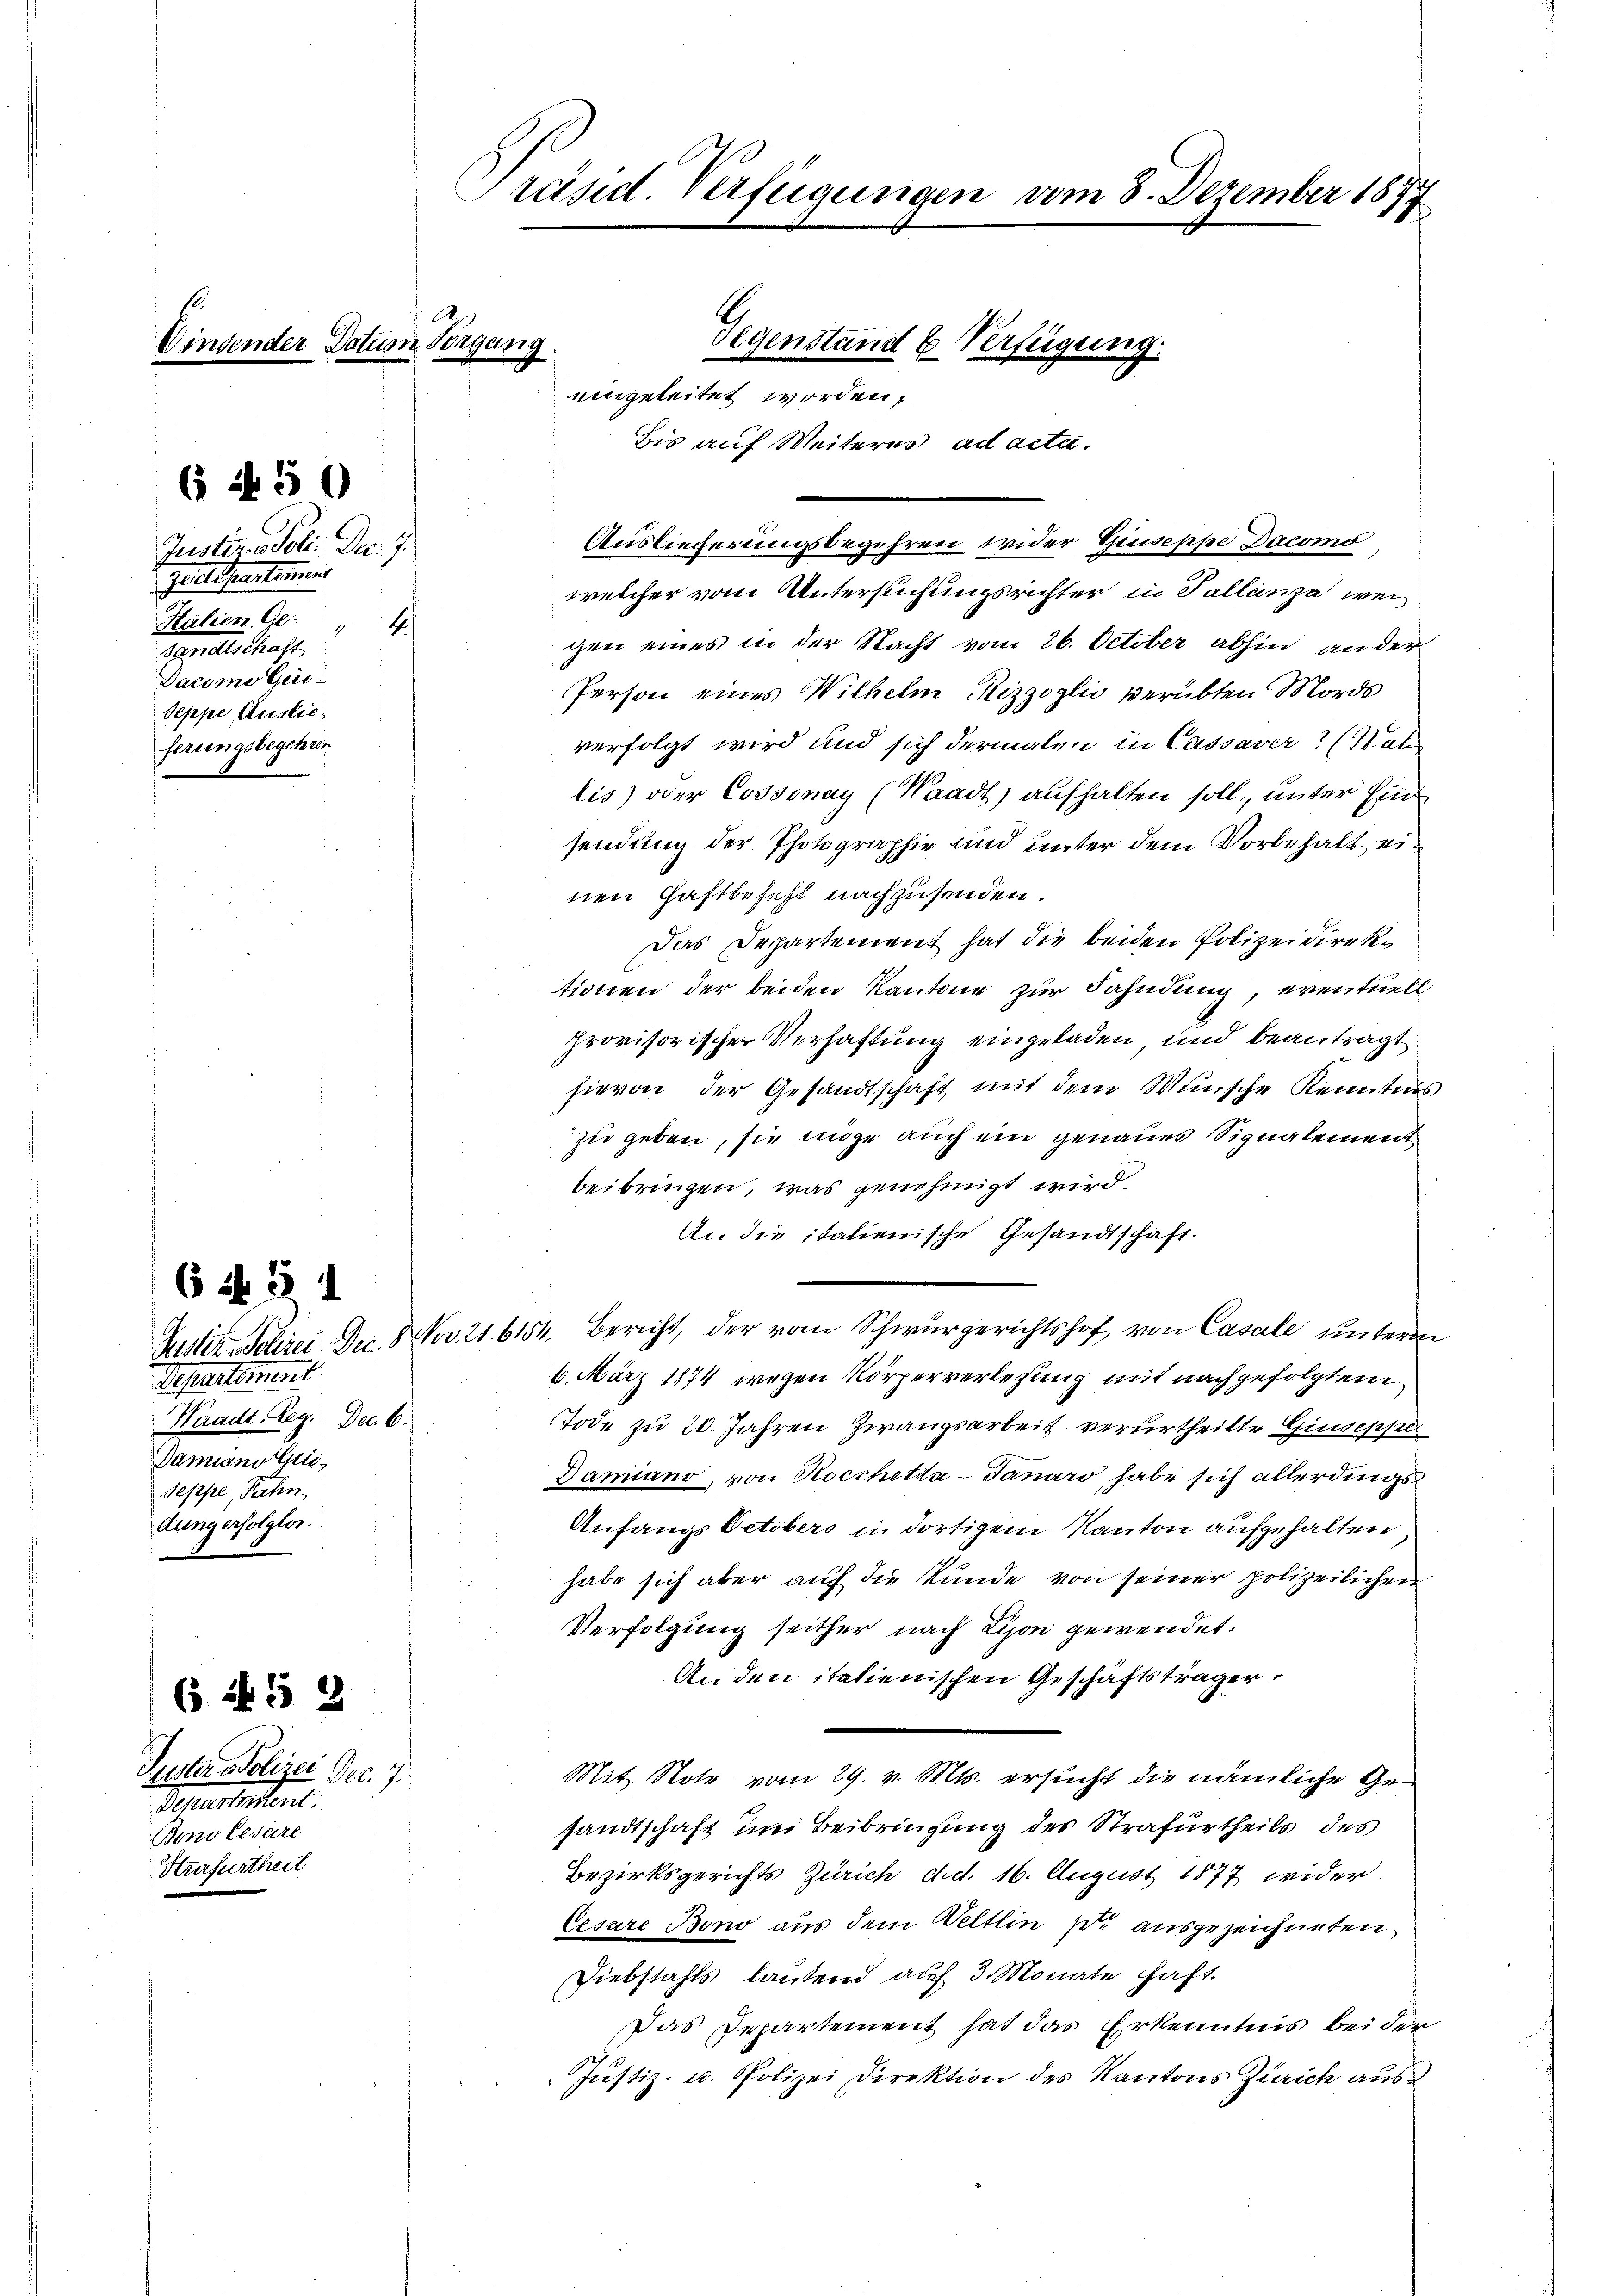
Gegenstand b Verfügung.
Winsender Datum Vergang.
eingeleitet worden,
Bis auf Weiteres ad acta.

6 f 50

Justiz- & Poli. Dec. 7.
Zeitetentement
Halien Ge-
4.
rndte Macht.
Pacimo Ge
Seppe Auslie
ferungsbegehren

6 ff. 3 1
Departement
Waadt Reg. Dec. 6.
Damiano Gi
Seppe, Techn
dung erfolglos.

( 245 2

Puster Polizei Dec. 7.
Perlesent.
Benolesare
Heerfurtheit

Präsid. Verfügungen vom 8. Dezember 1877

A.

Auslieferungsbegehren wider Giuseppe Dacomo,
welcher vom Untersuchungsrichter in Tallanza, wei
gen eines in der Nacht vom 26. October abhin an der
Person eines Wilhelm Rizzoglio verübten Mords
verfolgt wird und sich dermalen in Cassaver? (Nahr
lis) oder Cossonay (Waadt) aufhalten soll, unter Einsendung der Photographie und unter dem Vorbehalt einen Haftbefehl nachzusenden.
Das Departement hat die beiden Polizeidirektionen der beiden Kantone zur Fahndung, eventuell
provisorischer Verhaftung eingeladen, und beantragt
hievon der Gesandtschaft, mit dem Wunsche Kenntnis
zu geben, sie möge auch ein genaues Signalement
beibringen, was genehmigt wird.
An die italienische Gesandtschaft.
Puster Polizei Dec. 8. Nov. 21. 6154. Bericht, der vom Schwurgerichtshof von Casale unterm
6. März 1874 wegen Körperverlegung mit nachgefolgtem
TTode zu 20. Jahren Zwangsarbeit verurtheilte Giuseppe
Damiano, von Kocchetka-Tanaro habe sich allerdings
Anfangs Octobers in dortigem Kanton aufgehalten
habe sich aber auf die Kunde von seiner polizeilichen
Verfolgung seither nach Lyon gewendet.
An den italienischen Geschäftsträger
Mit. Note vom 29. v. Mts. ersucht die nämliche Gesandtschaft und Beibringung des Strafurtheils des
Bezirksgerichts Zürich d.d. 16. August 1877 wider.
Cesare Bono aus dem Veltlin pr. ausgezeichneten
Diebstahls lautend auf 3 Monate haft.
Das Departement hat das Erkenntnis bei der
Justiz- u. Polizei Direktion des Kantons Zürich aus